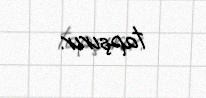
tapşırır.